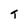
Character: T